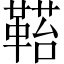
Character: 𩌂